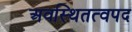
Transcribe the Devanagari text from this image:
अवस्थितत्वपद